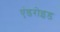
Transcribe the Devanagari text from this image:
एंडरोइड